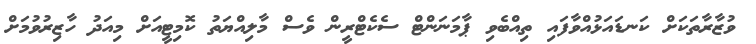
ވުޒާރާތަކަށް ކަނޑައަޅުއްވާފައި ތިއްބެވި ޕާމަނަންޓް ސެކެޓްރީން ވެސް މާލިއްޔަތު ކޮމިޓީއަށް މިއަދު ހާޒިރުވުމަށް